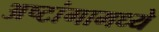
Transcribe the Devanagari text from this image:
अष्टांगामध्ये